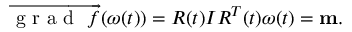
\begin{array} { r } { \overrightarrow { \mathrm { ~ g ~ r ~ a ~ d ~ } ~ f } ( \boldsymbol { \omega } ( t ) ) = R ( t ) I R ^ { T } ( t ) \boldsymbol { \omega } ( t ) = { \bf m } . } \end{array}